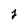
Character: j